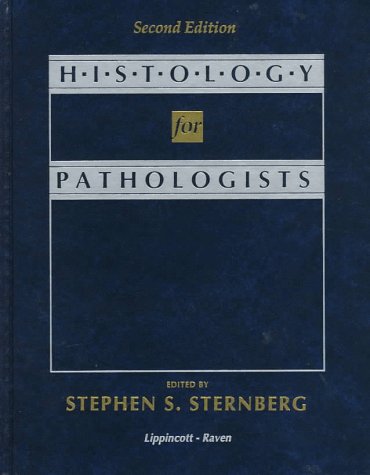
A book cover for Histology for Pathologists; Stephen S. Sternberg; Medical Books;